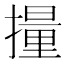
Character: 𫾄